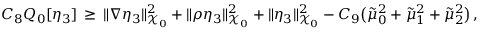
C _ { 8 } Q _ { 0 } [ \eta _ { 3 } ] \, \ge \, \| \nabla \eta _ { 3 } \| _ { \mathcal { X } _ { 0 } } ^ { 2 } + \| \rho \eta _ { 3 } \| _ { \mathcal { X } _ { 0 } } ^ { 2 } + \| \eta _ { 3 } \| _ { \mathcal { X } _ { 0 } } ^ { 2 } - C _ { 9 } \bigl ( \tilde { \mu } _ { 0 } ^ { 2 } + \tilde { \mu } _ { 1 } ^ { 2 } + \tilde { \mu } _ { 2 } ^ { 2 } \bigr ) \, ,